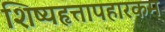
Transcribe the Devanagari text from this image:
शिष्यहृत्तापहारकम्